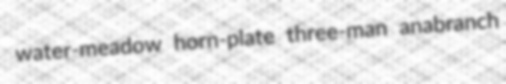
water-meadow horn-plate three-man anabranch